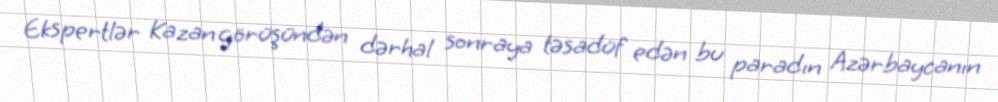
Ekspertlər Kazan görüşündən dərhal sonraya təsadüf edən bu paradın Azərbaycanın